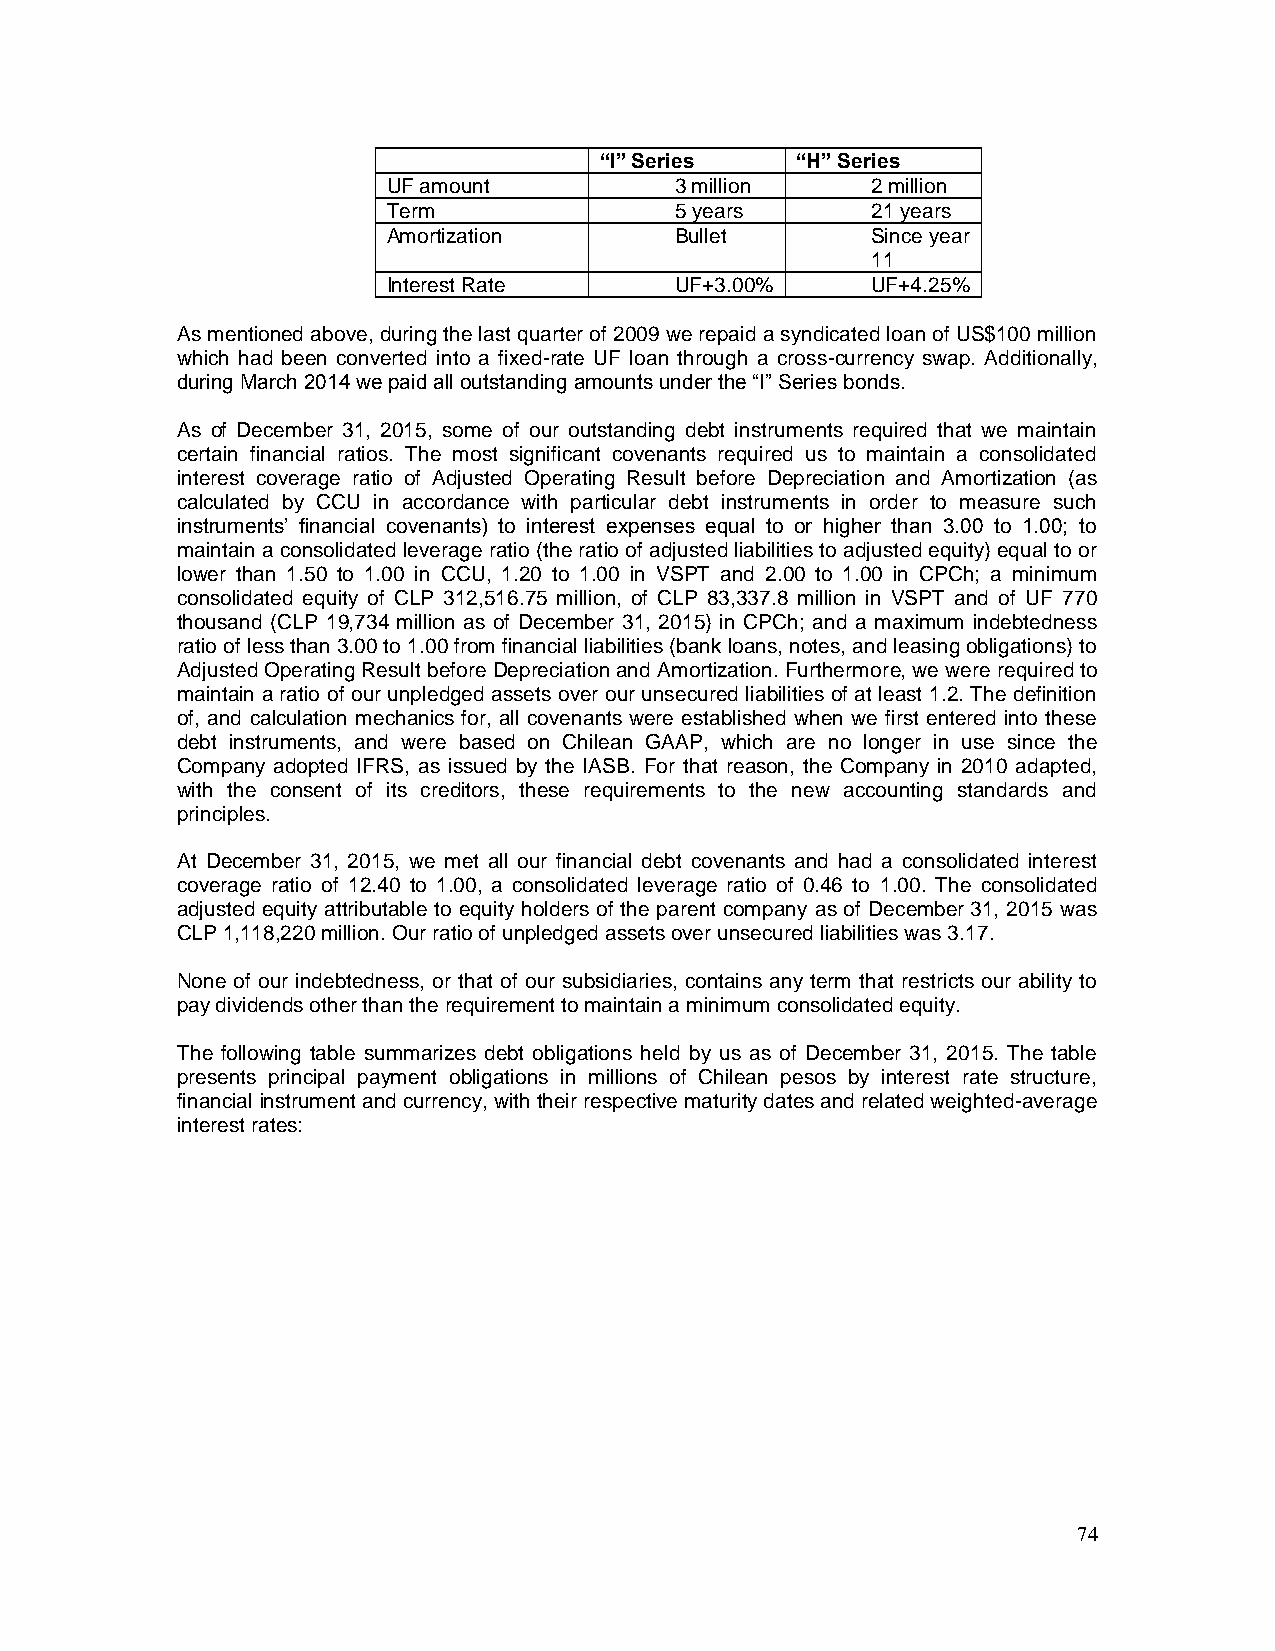
“I” Series   “H” Series
 UF amount          3 million    2 million
 Term               5 years      21 years
 Amortization       Bullet       Since year
 11
 Interest Rate      UF+3.00%     UF+4.25%
 As mentioned above, during the last quarter of 2009 we repaid a syndicated loan of US$100 million
 which had been converted into a fixed-rate UF loan through a cross-currency swap. Additionally,
 during March 2014 we paid all outstanding amounts under the “I” Series bonds.
 As of December 31, 2015, some of our outstanding debt instruments required that we maintain
 certain financial ratios. The most significant covenants required us to maintain a consolidated
 interest coverage ratio of Adjusted Operating Result before Depreciation and Amortization (as
 calculated by CCU in accordance with particular debt instruments in order to measure such
 instruments’ financial covenants) to interest expenses equal to or higher than 3.00 to 1.00; to
 maintain a consolidated leverage ratio (the ratio of adjusted liabilities to adjusted equity) equal to or
 lower than 1.50 to 1.00 in CCU, 1.20 to 1.00 in VSPT and 2.00 to 1.00 in CPCh; a minimum
 consolidated equity of CLP 312,516.75 million, of CLP 83,337.8 million in VSPT and of UF 770
 thousand (CLP 19,734 million as of December 31, 2015) in CPCh; and a maximum indebtedness
 ratio of less than 3.00 to 1.00 from financial liabilities (bank loans, notes, and leasing obligations) to
 Adjusted Operating Result before Depreciation and Amortization. Furthermore, we were required to
 maintain a ratio of our unpledged assets over our unsecured liabilities of at least 1.2. The definition
 of, and calculation mechanics for, all covenants were established when we first entered into these
 debt instruments, and were based on Chilean GAAP, which are no longer in use since the
 Company adopted IFRS, as issued by the IASB. For that reason, the Company in 2010 adapted,
 with the consent of its creditors, these requirements to the new accounting standards and
 principles.
 At December 31, 2015, we met all our financial debt covenants and had a consolidated interest
 coverage ratio of 12.40 to 1.00, a consolidated leverage ratio of 0.46 to 1.00. The consolidated
 adjusted equity attributable to equity holders of the parent company as of December 31, 2015 was
 CLP 1,118,220 million. Our ratio of unpledged assets over unsecured liabilities was 3.17.
 None of our indebtedness, or that of our subsidiaries, contains any term that restricts our ability to
 pay dividends other than the requirement to maintain a minimum consolidated equity.
 The following table summarizes debt obligations held by us as of December 31, 2015. The table
 presents principal payment obligations in millions of Chilean pesos by interest rate structure,
 financial instrument and currency, with their respective maturity dates and related weighted-average
 interest rates:
 74